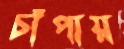
চাঁপায়